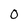
Character: 0